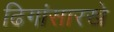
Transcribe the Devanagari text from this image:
ढिगांसारखे